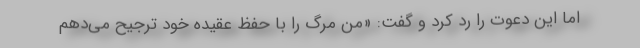
اما این دعوت را رد کرد و گفت: «من مرگ را با حفظ عقیده خود ترجیح می‌دهم